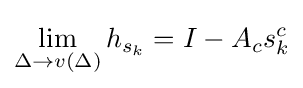
\lim _{\Delta \rightarrow v(\Delta )}h_{s_{k}}=I-A_{c}s_{k}^{c}